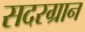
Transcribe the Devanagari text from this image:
सदरग्रान